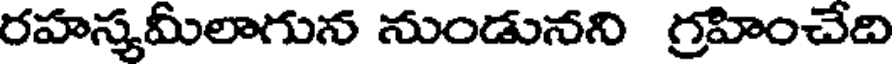
రహస్యమీలాగున నుండునని గ్రహించేది